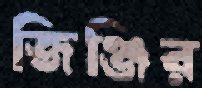
জিঞ্জির